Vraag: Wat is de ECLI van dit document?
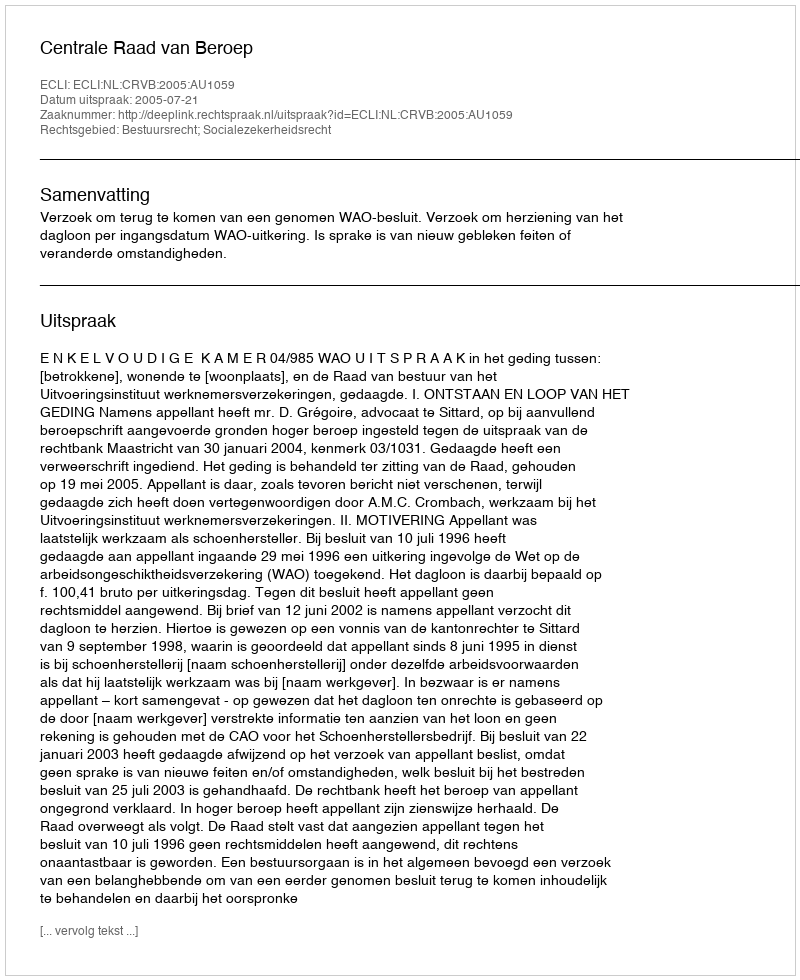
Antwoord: ECLI:NL:CRVB:2005:AU1059